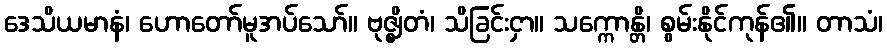
ဒေသိယမာနံ၊ ဟောတော်မူအပ်သော်။ ဗုဇ္ဈိတံ၊ သိခြင်းငှာ။ သက္ကောန္တိ၊ စွမ်းနိုင်ကုန်၏။ တာသံ၊